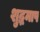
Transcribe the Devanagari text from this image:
शुद्धमाप